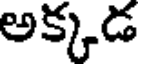
అక్కడ